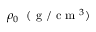
\rho _ { 0 } \; ~ ( \mathrm { ~ g ~ } / \mathrm { ~ c ~ m ~ } ^ { 3 } )